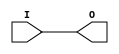
module BUFGP (O, I);


`ifdef XIL_TIMING

    parameter LOC = " UNPLACED";

`endif


    output O;
    input  I;

    buf B1 (O, I);

`ifdef XIL_TIMING
    
    specify
        (I => O) = (0:0:0, 0:0:0);
        specparam PATHPULSE$ = 0;
    endspecify
    
`endif
    
endmodule